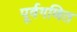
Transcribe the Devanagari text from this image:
पूर्वगणित